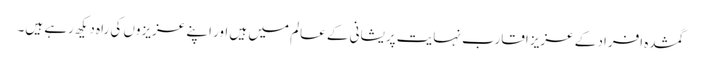
گمشدہ افراد کے عزیز اقارب نہایت پریشانی کے عالم میں ہیں اور اپنے عزیزوں کی راہ دیکھ رہے ہیں۔